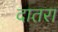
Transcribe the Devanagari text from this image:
दातरा